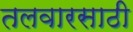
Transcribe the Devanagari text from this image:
तलवारसाठी